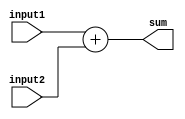
module adder (
    input [7:0] input1,       // 8-bit input signal
    input [7:0] input2,       // 8-bit input signal
    output reg [8:0] sum      // 9-bit output signal (maximum possible sum is 255+255=510)
);

always @ (*) begin
    sum = input1 + input2;    // Addition operation
end

endmodule